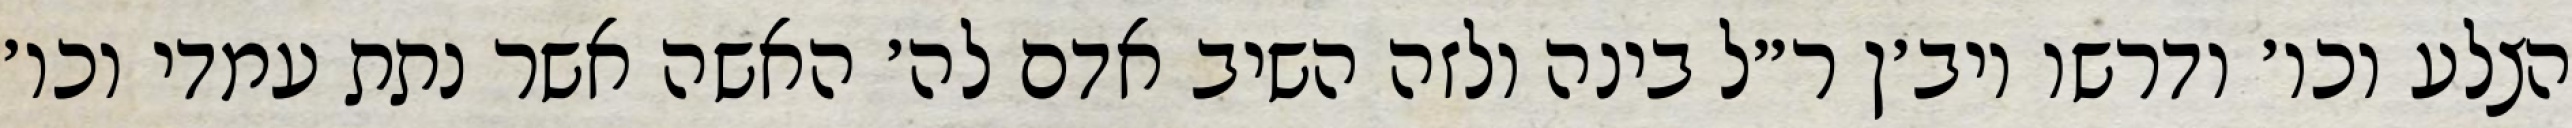
הצלע וכו׳ ודרשו ויב׳ן ר״ל בינה ולזה השיב אדם לה׳ האשה אשר נתת עמדי וכו׳